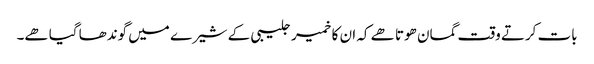
بات کرتے وقت گمان ھوتا ھے کہ ان کا خمیر جلیبی کے شیرے میں گوندھا گیا ھے۔